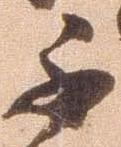
不